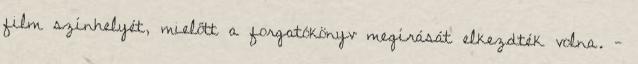
film színhelyét, mielőtt a forgatókönyv megírását elkezdték volna. -